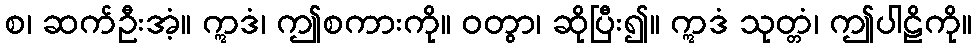
စ၊ ဆက်ဦးအံ့။ ဣဒံ၊ ဤစကားကို။ ဝတွာ၊ ဆိုပြီး၍။ ဣဒံ သုတ္တံ၊ ဤပါဠိကို။